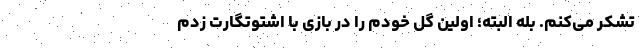
تشکر می‌کنم. بله البته؛ اولین گل خودم را در بازی با اشتوتگارت زدم